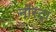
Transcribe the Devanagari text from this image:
नॉस्ट्रा